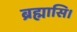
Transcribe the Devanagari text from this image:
ब्रह्मासि।